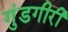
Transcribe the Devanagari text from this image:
गुंडगीरी